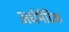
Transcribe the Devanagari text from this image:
अर्धभैदिक